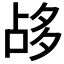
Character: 𡖡